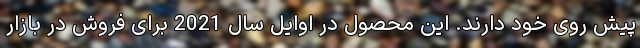
پیش روی خود دارند. این محصول در اوایل سال 2021 برای فروش در بازار